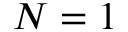
N = 1